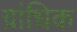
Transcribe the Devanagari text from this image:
ग्रांधिक